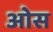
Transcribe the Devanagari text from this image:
आेस